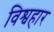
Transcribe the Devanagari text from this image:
विश्वहार